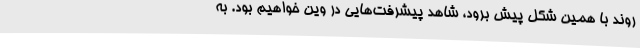
روند با همین شکل پیش برود، شاهد پیشرفت‌هایی در وین خواهیم بود. به